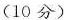
(10 分)